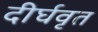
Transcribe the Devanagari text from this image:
दीर्घवृत